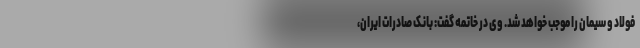
فولاد و سیمان را موجب خواهد شد. وی در خاتمه گفت: بانک صادرات ایران،